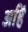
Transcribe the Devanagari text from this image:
अहिं